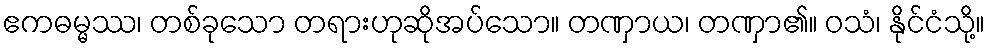
ဧကဓမ္မဿ၊ တစ်ခုသော တရားဟုဆိုအပ်သော။ တဏှာယ၊ တဏှာ၏။ ဝသံ၊ နိုင်ငံသို့။